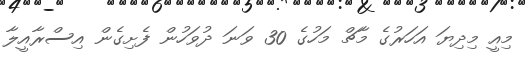
މިއީ މިދިޔަ އަހަރުގެ މާޗް މަހުގެ 30 ވަނަ ދުވަހުން ފެށިގެން އިސްރާއީލާ